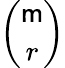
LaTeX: \binom{\mathsf{m}}{r}